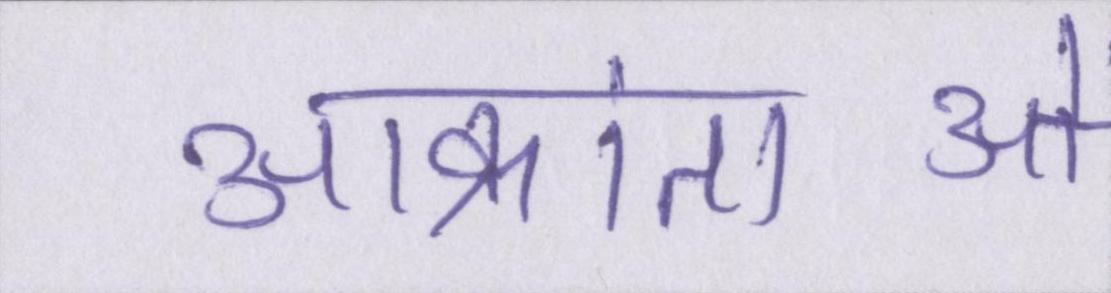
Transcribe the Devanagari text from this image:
आक्रांताओं